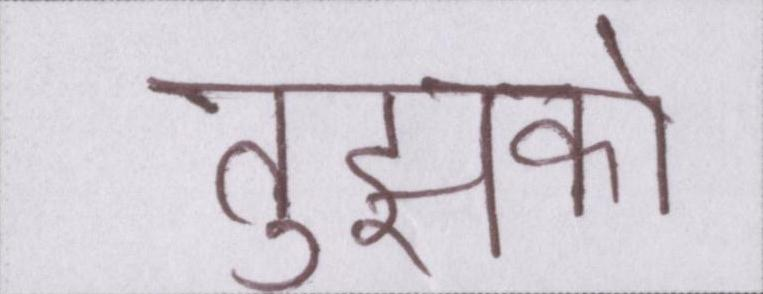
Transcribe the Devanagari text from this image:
तुझको